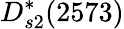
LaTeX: D_{s2}^{*}(2573)